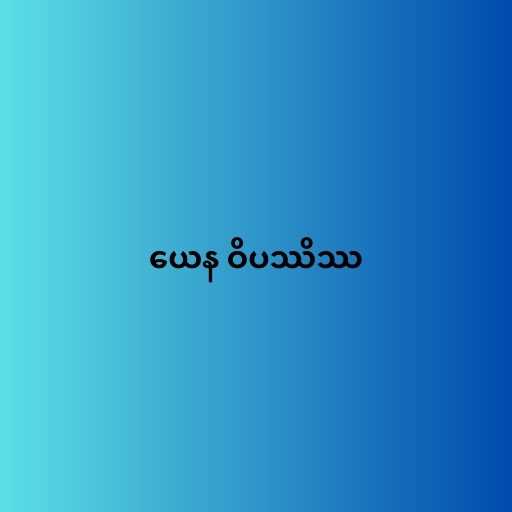
ယေန ဝိပဿိဿ